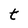
Character: t